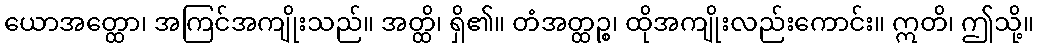
ယောအတ္ထော၊ အကြင်အကျိုးသည်။ အတ္ထိ၊ ရှိ၏။ တံအတ္ထဉ္စ၊ ထိုအကျိုးလည်းကောင်း။ ဣတိ၊ ဤသို့။